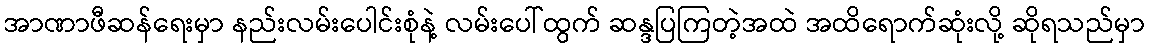
အာဏာဖီဆန်ရေးမှာ နည်းလမ်းပေါင်းစုံနဲ့ လမ်းပေါ်ထွက် ဆန္ဒပြကြတဲ့အထဲ အထိရောက်ဆုံးလို့ ဆိုရသည်မှာ